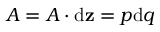
{ \cal A } = { \boldsymbol { \cal A } \cdot \mathrm { d } { \mathbf { z } } } = p \mathrm { d } q